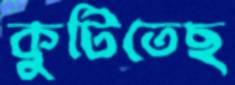
কুটিতেছ